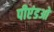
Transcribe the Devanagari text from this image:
पीएंडओ